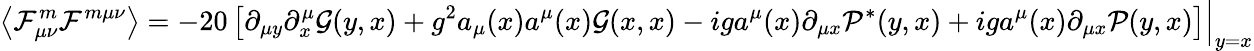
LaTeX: \left\langle\mathcal F_{\mu\nu}^{m}\mathcal F^{m\mu\nu}\right\rangle=-20\left[\partial_{\mu y}\partial_{x}^{\mu}\mathcal G(y,x)+g^{2}a_{\mu}(x)a^{\mu}(x)\mathcal G(x,x)-iga^{\mu}(x)\partial_{\mu x}\mathcal P^{*}(y,x)+iga^{\mu}(x)\partial_{\mu x}\mathcal P(y,x)\right]\Bigr|_{y=x}